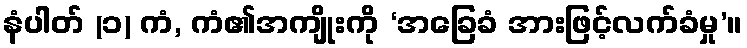
နံပါတ် (၁) ကံ, ကံ၏အကျိုးကို ‘အခြေခံ အားဖြင့်လက်ခံမှု’။